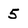
Character: 5